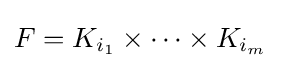
F=K_{i_{1}}\times \cdots \times K_{i_{m}}